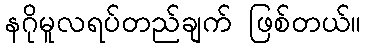
နဂိုမူလရပ်တည်ချက် ဖြစ်တယ်။